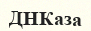
ДНКаза